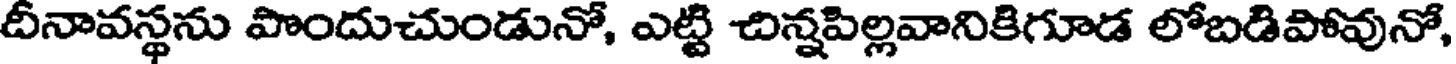
దీనావస్థను పొందుచుండునో, ఎట్టి చిన్నపిల్లవానికిగూడ లోబడిపోవునో,